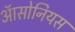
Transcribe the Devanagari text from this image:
ऑसोनियस